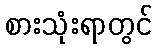
စားသုံးရာတွင်